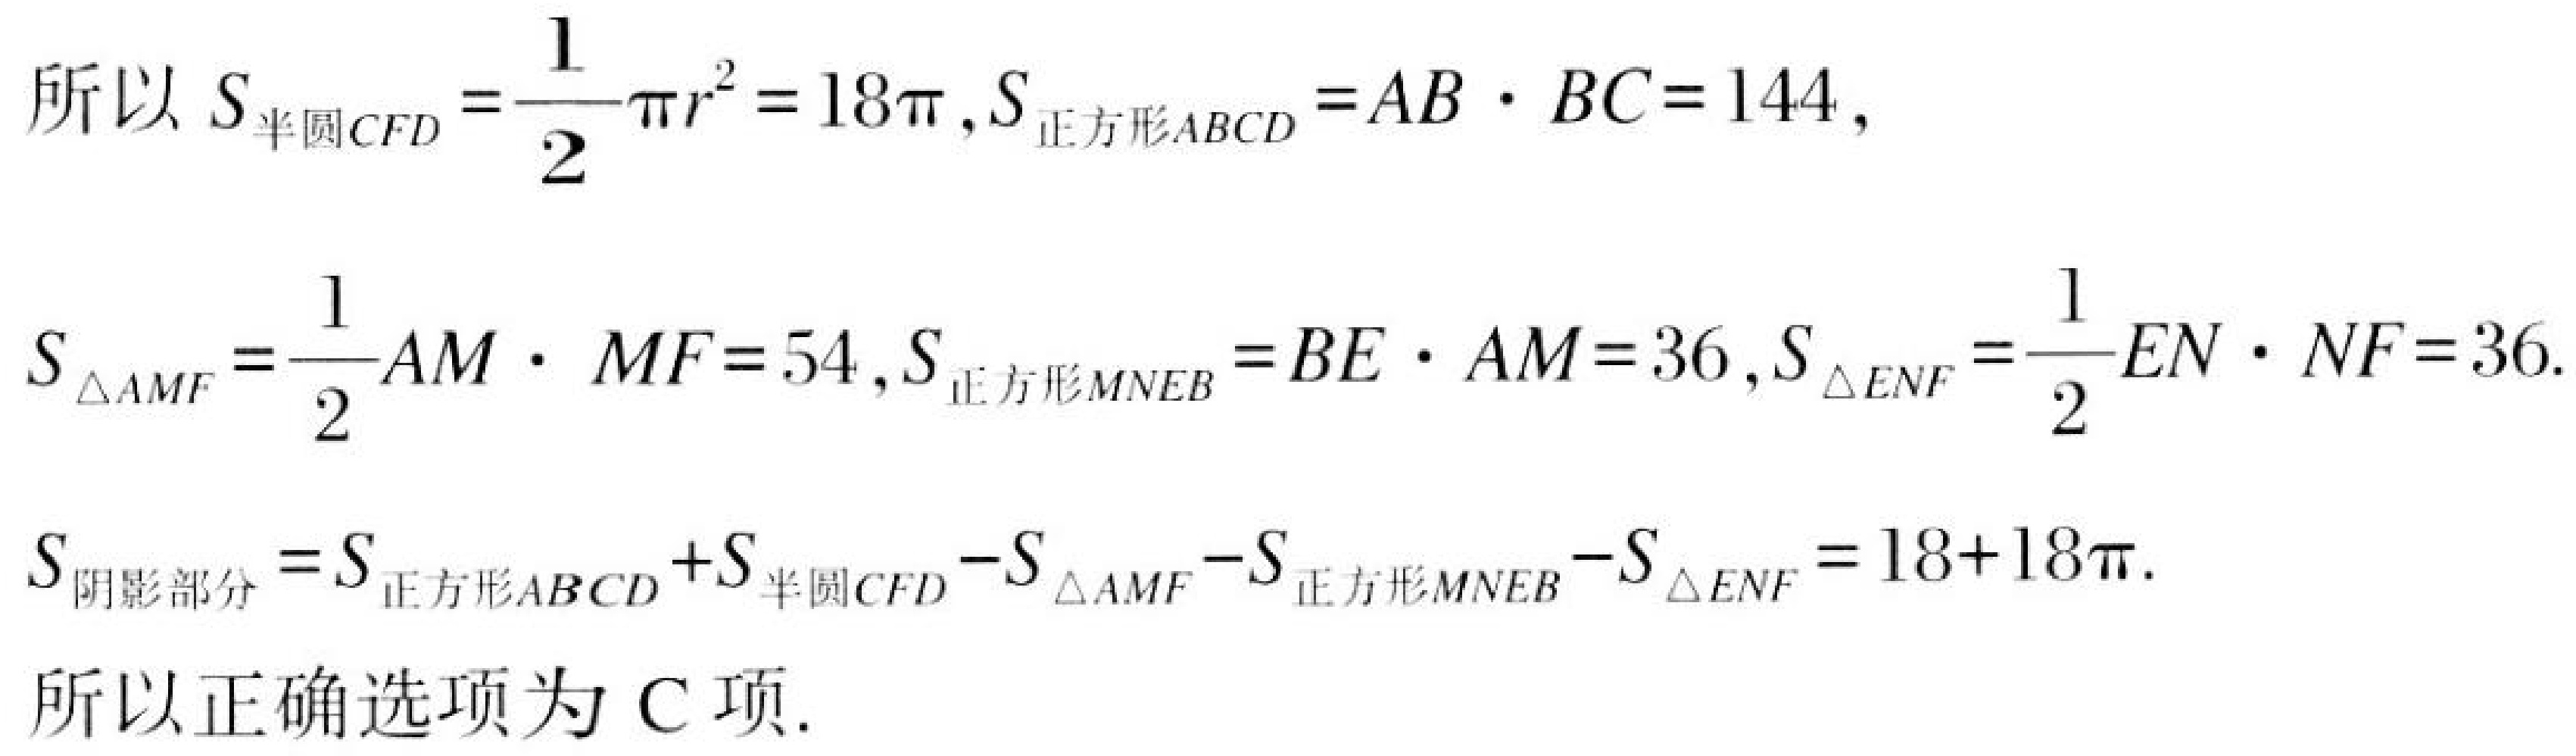
所以 \(S_{半圆CFD}=\dfrac{1}{2}\pi r^{2}=18\pi\)，\(S_{正方形ABCD}=AB\cdot BC = 144\)，
\(S_{\triangle AMF}=\dfrac{1}{2}AM\cdot MF = 54\)，\(S_{正方形MNE B}=BE\cdot AM = 36\)，\(S_{\triangle ENF}=\dfrac{1}{2}EN\cdot NF = 36\).
\(S_{阴影部分}=S_{正方形ABCD}+S_{半圆CFD}-S_{\triangle AMF}-S_{正方形MNE B}-S_{\triangle ENF}=18 + 18\pi\).
所以正确选项为 C项.